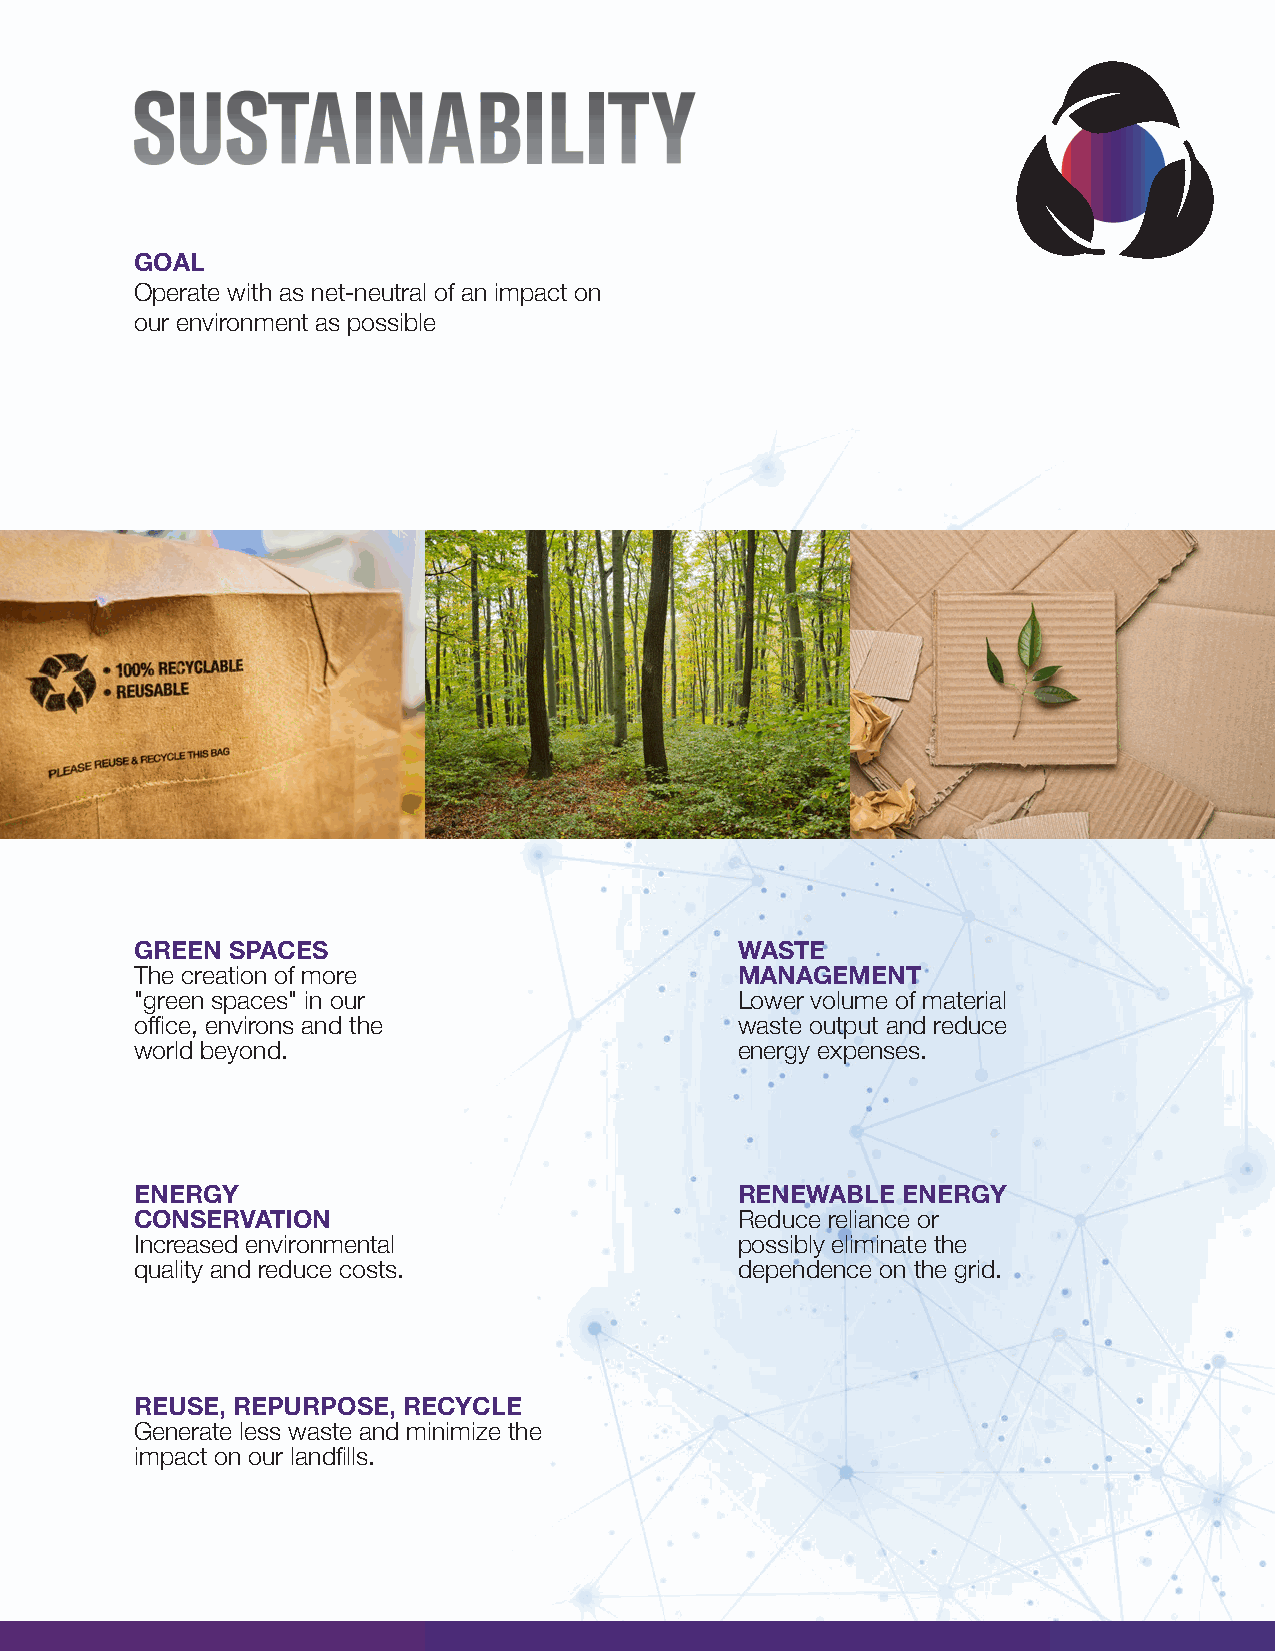
GOAL
 Operate with as net-neutral of an impact on
 our environment as possible
 GREEN SPACES                            WASTE
 The creation of more                    MANAGEMENT
 "green spaces" in our                   Lower volume of material
 office, environs and the                waste output and reduce
 world beyond.                           energy expenses.
 ENERGY                                  RENEWABLE  ENERGY
 CONSERVATION                            Reduce reliance or
 Increased environmental                 possibly eliminate the
 quality and reduce costs.               dependence on the grid.
 REUSE, REPURPOSE, RECYCLE
 Generate less waste and minimize the
 impact on our landfills.